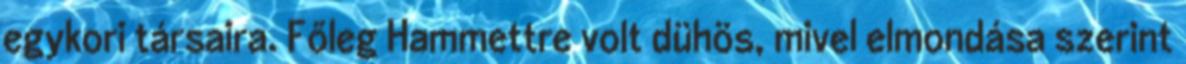
egykori társaira. Főleg Hammettre volt dühös, mivel elmondása szerint